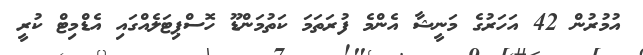
އުމުރުން 42 އަހަރުގެ މަނީޝާ އެންމެ ފުރަތަމަ ކަތުމަންޑޫ ހޮސްޕިޓަލެއްގައި އެޑްމިޓް ކުރީ